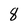
Character: 8